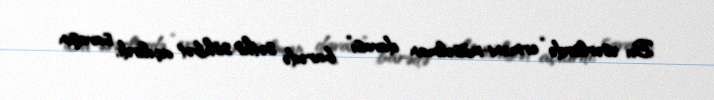
Bu əsərlərdə “erməni-müsəlman davası” barədə səthi söhbət açılırdı, savaşın